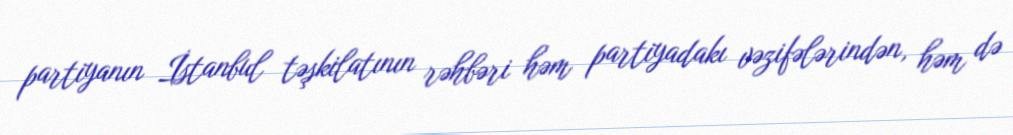
partiyanın İstanbul təşkilatının rəhbəri həm partiyadakı vəzifələrindən, həm də